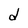
Character: d